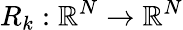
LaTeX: R_{k}:\mathbb{R}^{N}\rightarrow\mathbb{R}^{N}